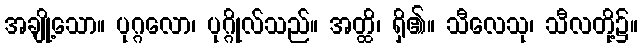
အချို့သော။ ပုဂ္ဂလော၊ ပုဂ္ဂိုလ်သည်။ အတ္ထိ၊ ရှိ၏။ သီလေသု၊ သီလတို့၌။